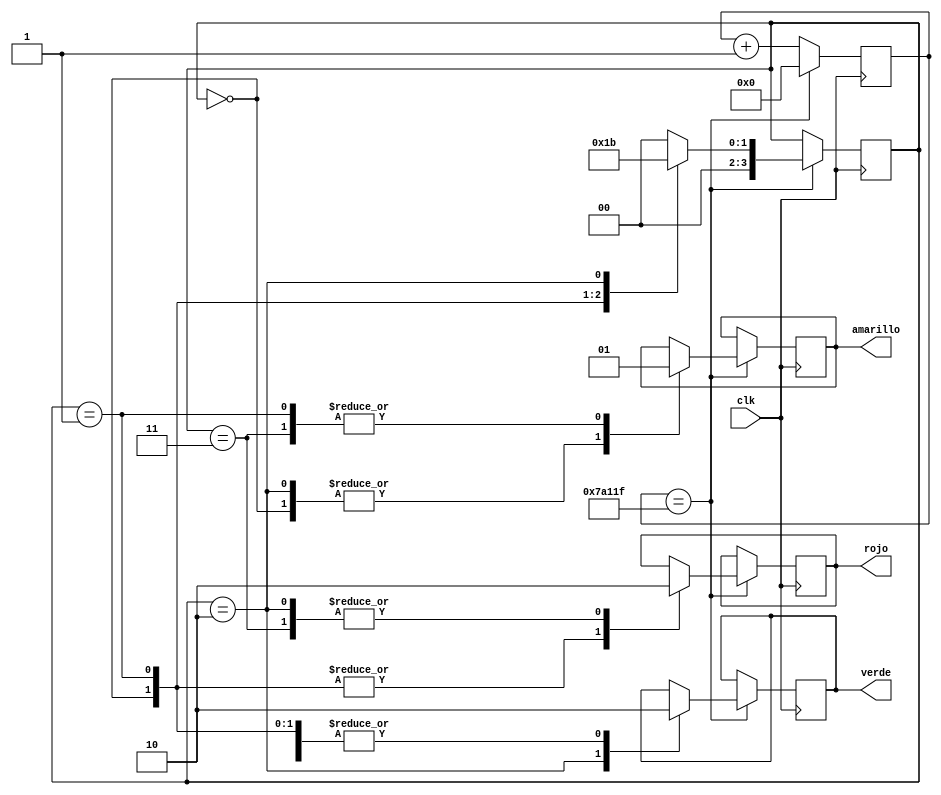
module Semaforo (
  
  output reg rojo,          // Luz roja
  output reg amarillo,       // Luz amarilla
  output reg verde,        // Luz verde
  input wire clk          //reloj
);

  reg [23:0] contador;       // Registro  para el divisor de frecuencia
  reg [3:0] estado;          // Variable de estado
  

  // la velocidad del semforo
  parameter DIVISOR = 24'd500000; 

  // Mquina de estado
  always @(posedge clk) begin
    if (contador == DIVISOR - 1) begin
      contador <= 0;
      case (estado)
        3'd0: begin // Estado 0: Rojo
          rojo <= 1;
          amarillo <= 0;
          verde <= 0;
          estado <= 3'd1;
        end
        3'd1: begin // Estado 1: Rojo,Amarillo
          rojo <= 1;
          amarillo <= 1;
          verde <= 0;
          estado <= 3'd2;
        end
        3'd2: begin // Estado 2: Verde
          rojo <= 0;
          amarillo <= 0;
          verde <= 1;
          estado <= 3'd3;
        end
			3'd3: begin // Estado 3: Amarillo
          rojo <= 0;
          amarillo <= 1;
          verde <= 0;
          estado <= 3'd0;
		  end 
        default: estado <= 3'd0; // Estado por defecto
      endcase
    end else begin
      contador <= contador + 1;
    end
  end

endmodule